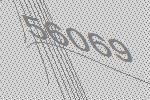
56069